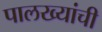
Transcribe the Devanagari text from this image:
पालख्यांची